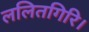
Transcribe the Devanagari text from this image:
ललितगिरि।